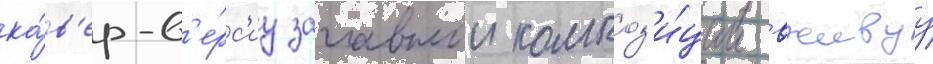
ка́в'ер-в'е́рс'иу заглавнои композ'и́ции вживуу